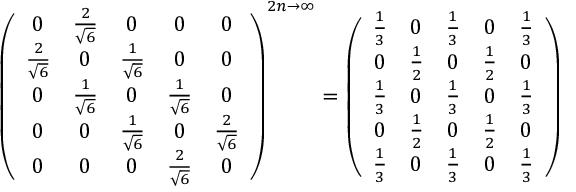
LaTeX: \left( \begin{array} { c c c c c } { { 0 } } & { { \frac 2 { \sqrt { 6 } } } } & { { 0 } } & { { 0 } } & { { 0 } } \\ { { \frac 2 { \sqrt { 6 } } } } & { { 0 } } & { { \frac 1 { \sqrt { 6 } } } } & { { 0 } } & { { 0 } } \\ { { 0 } } & { { \frac 1 { \sqrt { 6 } } } } & { { 0 } } & { { \frac 1 { \sqrt { 6 } } } } & { { 0 } } \\ { { 0 } } & { { 0 } } & { { \frac 1 { \sqrt { 6 } } } } & { { 0 } } & { { \frac 2 { \sqrt { 6 } } } } \\ { { 0 } } & { { 0 } } & { { 0 } } & { { \frac 2 { \sqrt { 6 } } } } & { { 0 } } \end{array} \right) ^ { 2 n \rightarrow \infty } = \left( \begin{array} { c c c c c } { { \frac 1 3 } } & { { 0 } } & { { \frac 1 3 } } & { { 0 } } & { { \frac 1 3 } } \\ { { 0 } } & { { \frac 1 2 } } & { { 0 } } & { { \frac 1 2 } } & { { 0 } } \\ { { \frac 1 3 } } & { { 0 } } & { { \frac 1 3 } } & { { 0 } } & { { \frac 1 3 } } \\ { { 0 } } & { { \frac 1 2 } } & { { 0 } } & { { \frac 1 2 } } & { { 0 } } \\ { { \frac 1 3 } } & { { 0 } } & { { \frac 1 3 } } & { { 0 } } & { { \frac 1 3 } } \end{array} \right)